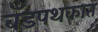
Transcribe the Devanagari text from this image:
बँडपथकात